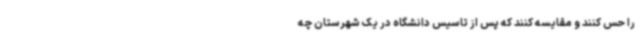
را حس کنند و مقایسه کنند که پس از تاسیس دانشگاه در یک شهرستان چه